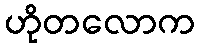
ဟိုတလောက